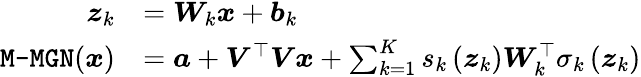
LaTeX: \begin{array}{rl}{\boldsymbol{z}_{k}}&{=\boldsymbol{W}_{k}\boldsymbol{x}+\boldsymbol{b}_{k}}\\ {\mathrm{\texttt{M-MGN}}(\boldsymbol{x})}&{=\boldsymbol{a}+\boldsymbol{V}^{\top}\boldsymbol{V}\boldsymbol{x}+\sum_{k=1}^{K}s_{k}\left(\boldsymbol{z}_{k}\right)\boldsymbol{W}_{k}^{\top}\sigma_{k}\left(\boldsymbol{z}_{k}\right)}\end{array}